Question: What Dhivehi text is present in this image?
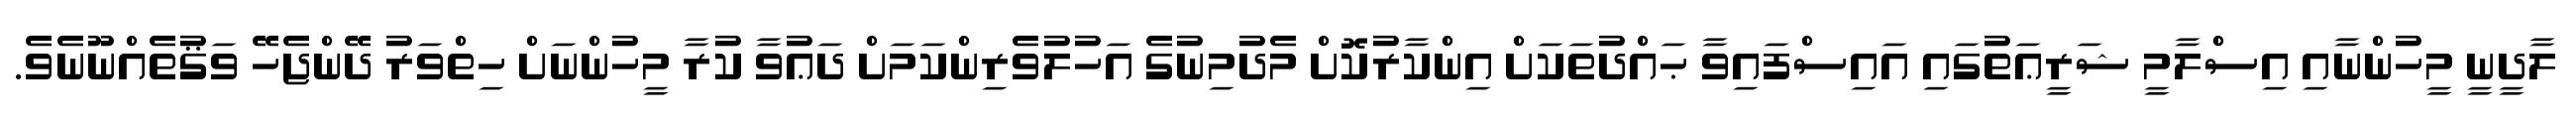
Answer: ލާދީނީ މީހުންނާއި އިސްލާމީ ޝަރީޢަތުގައި އައިސްފައިވާ ޙައްދުތަކަށް އިންކާރުކޮށް މެދުމިނުގެ އަހުލުވެރިންކަމަށް ދަޢުވާ ކުރާ މީހުންނަށް ހިތްވަރު ދޭންޖެހޭ ވަޤުތެއްނޫނެވެ.